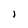
Character: I